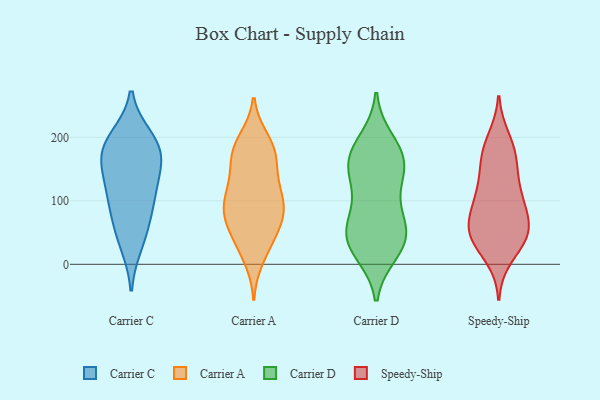
{"axis": {"x": "Latency (ms)", "y": "Value"}, "legend": ["Carrier A", "Carrier C", "Carrier D", "Speedy-Ship"], "data": [{"x": "", "y": 198, "type": "Carrier C"}, {"x": "", "y": 33, "type": "Carrier C"}, {"x": "", "y": 160, "type": "Carrier C"}, {"x": "", "y": 191, "type": "Carrier C"}, {"x": "", "y": 54, "type": "Carrier C"}, {"x": "", "y": 177, "type": "Carrier C"}, {"x": "", "y": 142, "type": "Carrier C"}, {"x": "", "y": 115, "type": "Carrier C"}, {"x": "", "y": 179, "type": "Carrier C"}, {"x": "", "y": 105, "type": "Carrier C"}, {"x": "", "y": 86, "type": "Carrier C"}, {"x": "", "y": 27, "type": "Carrier A"}, {"x": "", "y": 82, "type": "Carrier A"}, {"x": "", "y": 169, "type": "Carrier A"}, {"x": "", "y": 10, "type": "Carrier A"}, {"x": "", "y": 159, "type": "Carrier A"}, {"x": "", "y": 187, "type": "Carrier A"}, {"x": "", "y": 105, "type": "Carrier A"}, {"x": "", "y": 93, "type": "Carrier A"}, {"x": "", "y": 122, "type": "Carrier A"}, {"x": "", "y": 114, "type": "Carrier A"}, {"x": "", "y": 37, "type": "Carrier A"}, {"x": "", "y": 66, "type": "Carrier A"}, {"x": "", "y": 64, "type": "Carrier A"}, {"x": "", "y": 182, "type": "Carrier A"}, {"x": "", "y": 94, "type": "Carrier A"}, {"x": "", "y": 58, "type": "Carrier A"}, {"x": "", "y": 84, "type": "Carrier A"}, {"x": "", "y": 196, "type": "Carrier A"}, {"x": "", "y": 137, "type": "Carrier A"}, {"x": "", "y": 177, "type": "Carrier A"}, {"x": "", "y": 156, "type": "Carrier D"}, {"x": "", "y": 172, "type": "Carrier D"}, {"x": "", "y": 65, "type": "Carrier D"}, {"x": "", "y": 61, "type": "Carrier D"}, {"x": "", "y": 168, "type": "Carrier D"}, {"x": "", "y": 97, "type": "Carrier D"}, {"x": "", "y": 125, "type": "Carrier D"}, {"x": "", "y": 182, "type": "Carrier D"}, {"x": "", "y": 149, "type": "Carrier D"}, {"x": "", "y": 38, "type": "Carrier D"}, {"x": "", "y": 51, "type": "Carrier D"}, {"x": "", "y": 24, "type": "Carrier D"}, {"x": "", "y": 27, "type": "Carrier D"}, {"x": "", "y": 195, "type": "Carrier D"}, {"x": "", "y": 57, "type": "Carrier D"}, {"x": "", "y": 18, "type": "Carrier D"}, {"x": "", "y": 142, "type": "Carrier D"}, {"x": "", "y": 53, "type": "Speedy-Ship"}, {"x": "", "y": 175, "type": "Speedy-Ship"}, {"x": "", "y": 113, "type": "Speedy-Ship"}, {"x": "", "y": 197, "type": "Speedy-Ship"}, {"x": "", "y": 63, "type": "Speedy-Ship"}, {"x": "", "y": 12, "type": "Speedy-Ship"}, {"x": "", "y": 42, "type": "Speedy-Ship"}, {"x": "", "y": 50, "type": "Speedy-Ship"}, {"x": "", "y": 115, "type": "Speedy-Ship"}, {"x": "", "y": 53, "type": "Speedy-Ship"}, {"x": "", "y": 153, "type": "Speedy-Ship"}, {"x": "", "y": 159, "type": "Speedy-Ship"}, {"x": "", "y": 35, "type": "Speedy-Ship"}, {"x": "", "y": 103, "type": "Speedy-Ship"}, {"x": "", "y": 183, "type": "Speedy-Ship"}, {"x": "", "y": 45, "type": "Speedy-Ship"}, {"x": "", "y": 82, "type": "Speedy-Ship"}, {"x": "", "y": 97, "type": "Speedy-Ship"}]}